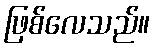
ဖြစ်လေသည်။